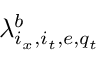
\lambda _ { i _ { x } , i _ { t } , e , q _ { t } } ^ { b }